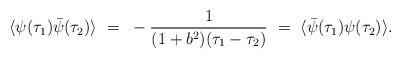
LaTeX: \begin{align*}\langle \psi(\tau_1) \bar{\psi}(\tau_2) \rangle ~ = ~ -{1\over (1+ b^2)(\tau_1 -\tau_2)} ~ = ~ \langle \bar{\psi}(\tau_1) \psi(\tau_2) \rangle .\end{align*}